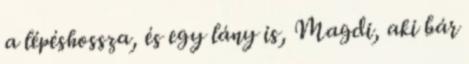
a lépéshossza, és egy lány is, Magdi, aki bár